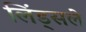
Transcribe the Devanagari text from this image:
लिंड्सले